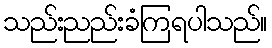
သည်းညည်းခံကြရပါသည်။